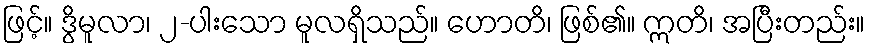
ဖြင့်။ ဒွိမူလာ၊ ၂-ပါးသော မူလရှိသည်။ ဟောတိ၊ ဖြစ်၏။ ဣတိ၊ အပြီးတည်း။